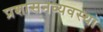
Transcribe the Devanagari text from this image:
प्रशासनव्यवस्था